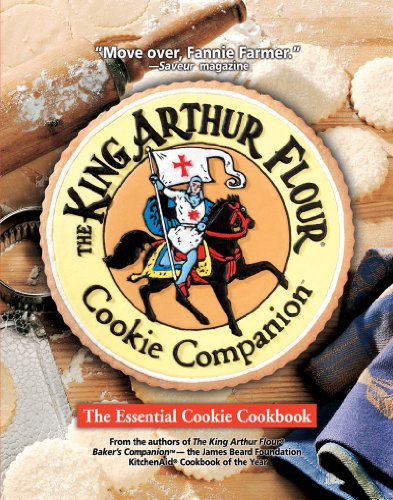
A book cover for The King Arthur Flour Cookie Companion: The Essential Cookie Cookbook (King Arthur Flour Cookbooks); King Arthur Flour; Cookbooks, Food & Wine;